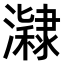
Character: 𤂰